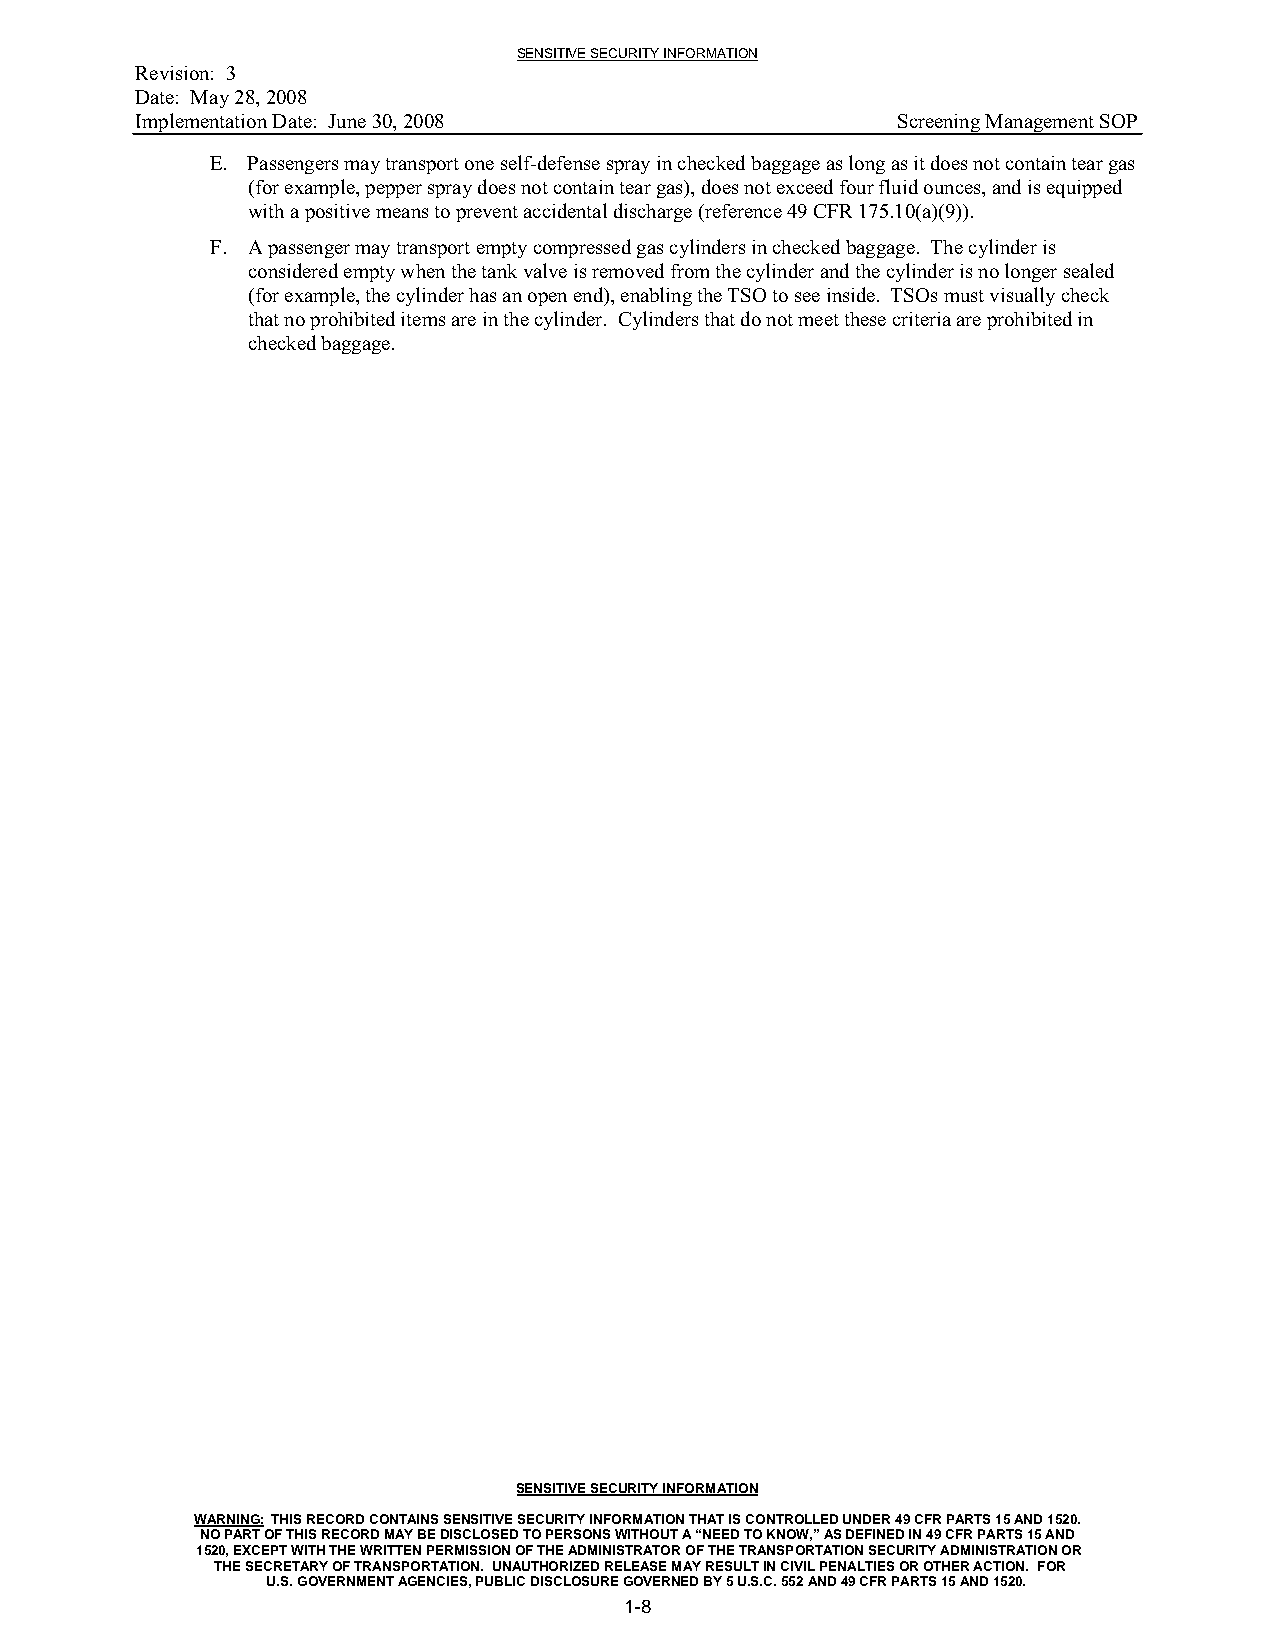
SENSITIVE SECURITY INFORMATION
 Revision: 3
 Date: May 28, 2008
 Implementation Date: June 30, 2008                Screening Management SOP
 E. Passengers may transport one self-defense spray in checked baggage as long as it does not contain tear gas
 (for example, pepper spray does not contain tear gas), does not exceed four fluid ounces, and is equipped
 with a positive means to prevent accidental discharge (reference 49 CFR 175.10(a)(9)).
 F. A passenger may transport empty compressed gas cylinders in checked baggage. The cylinder is
 considered empty when the tank valve is removed from the cylinder and the cylinder is no longer sealed
 (for example, the cylinder has an open end), enabling the TSO to see inside. TSOs must visually check
 that no prohibited items are in the cylinder. Cylinders that do not meet these criteria are prohibited in
 checked baggage.
 SENSITIVE SECURITY INFORMATION
 WARNING: THIS RECORD CONTAINS SENSITIVE SECURITY INFORMATION THAT IS CONTROLLED UNDER 49 CFR PARTS 15 AND 1520.
 NO PART OF THIS RECORD MAY BE DISCLOSED TO PERSONS WITHOUT A “NEED TO KNOW,” AS DEFINED IN 49 CFR PARTS 15 AND
 1520, EXCEPT WITH THE WRITTEN PERMISSION OF THE ADMINISTRATOR OF THE TRANSPORTATION SECURITY ADMINISTRATION OR
 THE SECRETARY OF TRANSPORTATION. UNAUTHORIZED RELEASE MAY RESULT IN CIVIL PENALTIES OR OTHER ACTION. FOR
 U.S. GOVERNMENT AGENCIES, PUBLIC DISCLOSURE GOVERNED BY 5 U.S.C. 552 AND 49 CFR PARTS 15 AND 1520.
 1-8